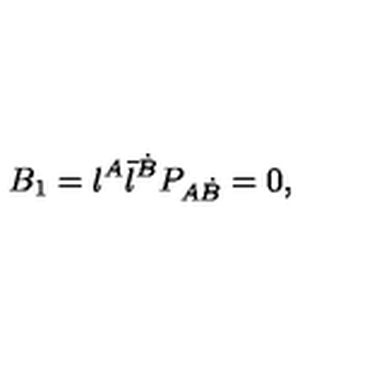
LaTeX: B _ { 1 } = { \l } ^ { A } { \bar { \l } } ^ { \dot { B } } P _ { A \dot { B } } = 0 ,